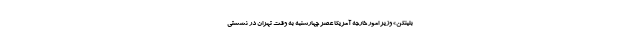
بلینکن» وزیر امور خارجه آمریکا عصر چهارشنبه به وقت تهران در نشستی